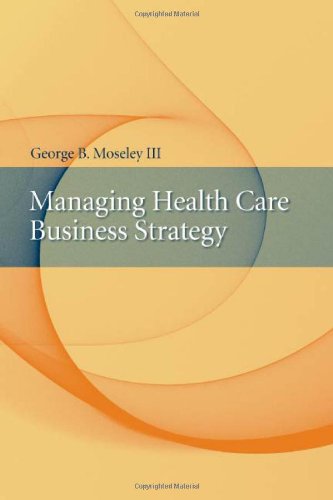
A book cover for Managing Health Care Business Strategy; George Moseley III; Medical Books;